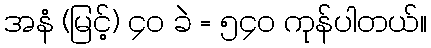
အနံ (မြင့်) ၄၀ ခဲဲ = ၅၄၀ ကုန်ပါတယ်။